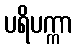
ပရိပက္ကာ